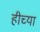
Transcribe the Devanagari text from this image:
हीच्या